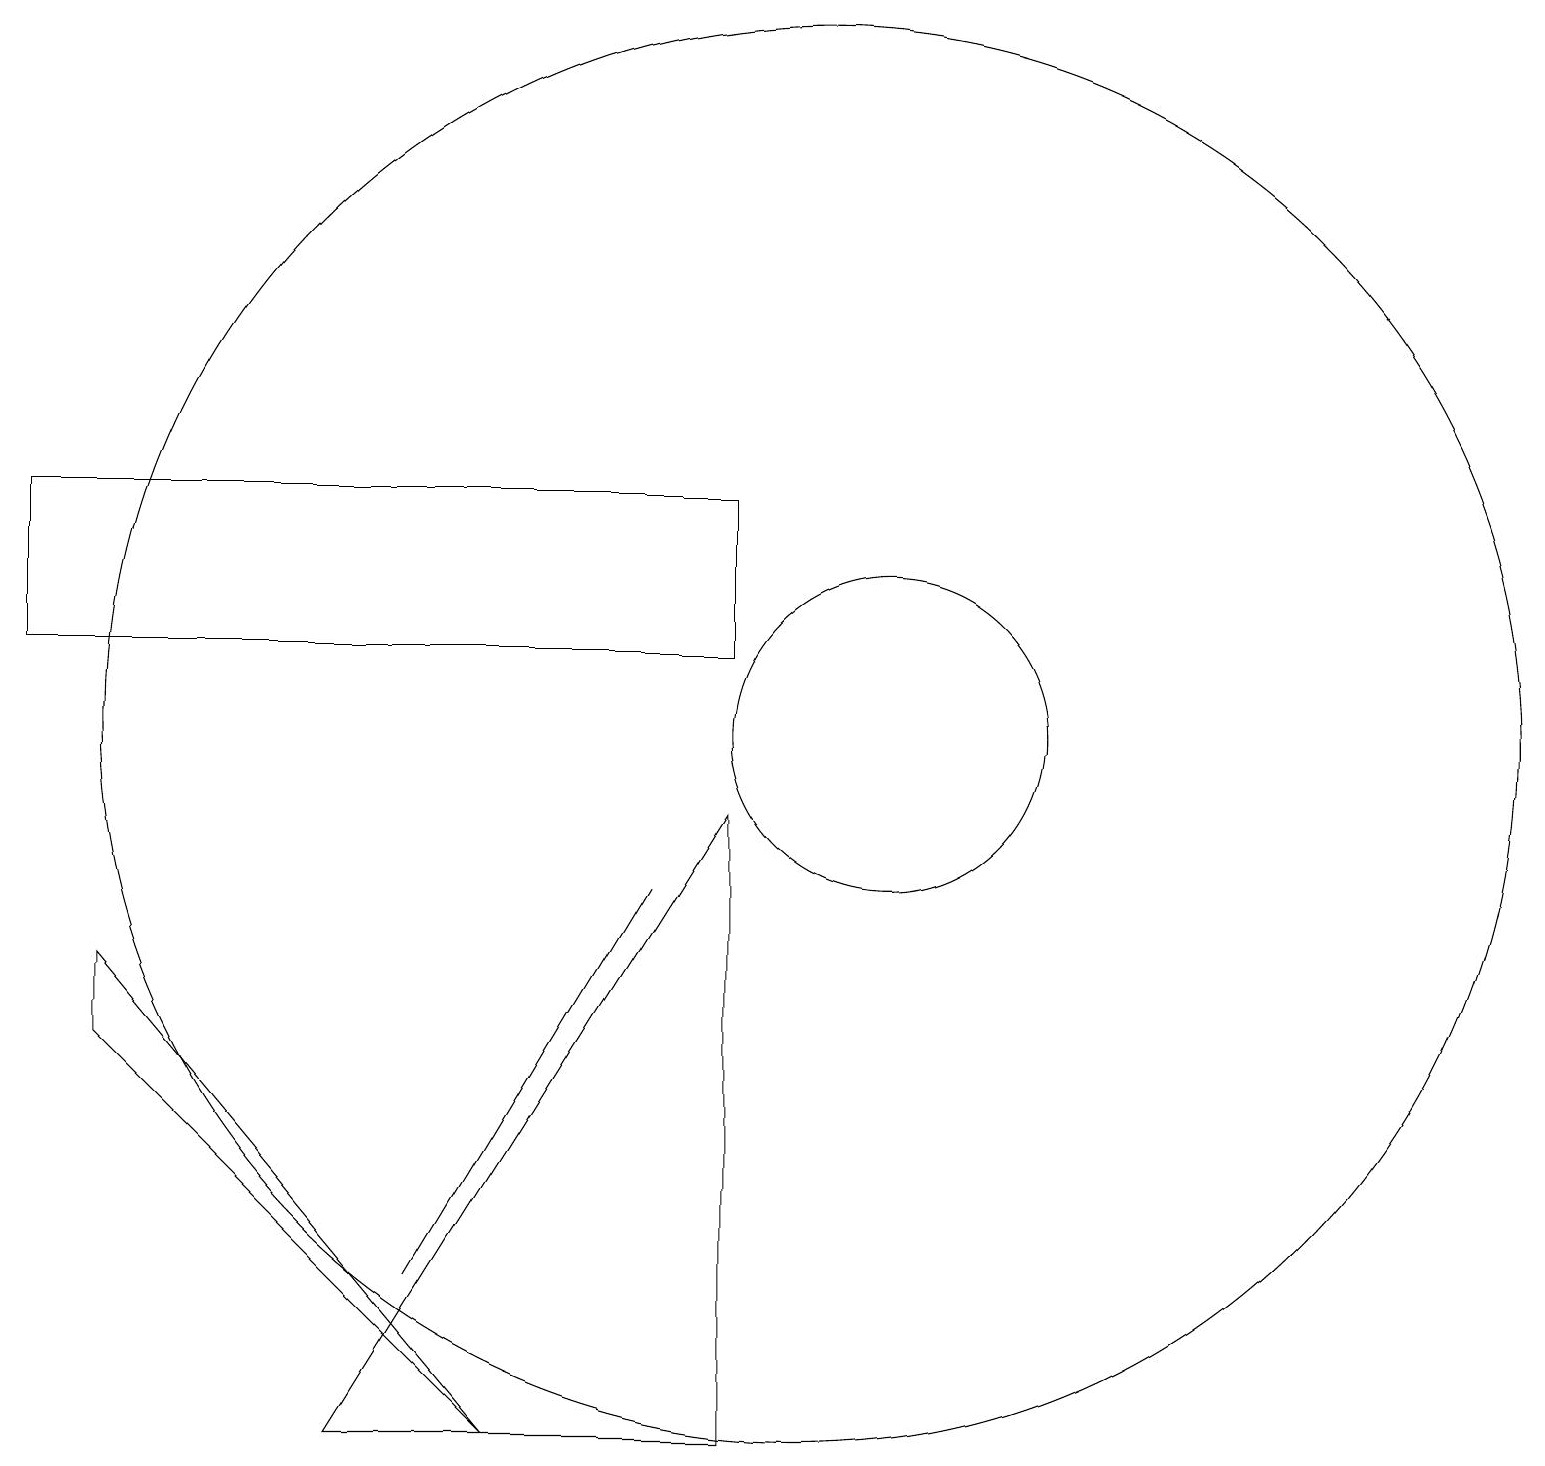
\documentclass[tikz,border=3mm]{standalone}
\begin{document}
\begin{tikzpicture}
\draw (1,7) -- (1,6) -- (6,1) -- cycle;
\draw (8,8) -- (5,3) -- (8,8) -- cycle;
\draw (0,13) rectangle (9,11);
\draw (11,10) circle (2);
\draw (10,10) circle (9);
\draw (4,1) -- (9,9) -- (9,1) -- cycle;
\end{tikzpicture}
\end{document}